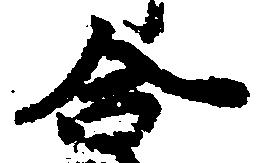
合